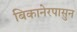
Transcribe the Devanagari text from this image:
बिकानेरपासुन